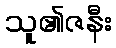
သူ၏ဇနီး